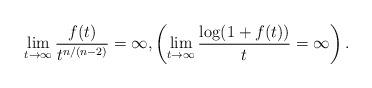
LaTeX: \begin{align*} \lim_{t\to\infty} \frac{f(t)}{t^{n/(n-2)}} = \infty,\left( \lim_{t\to\infty} \frac{\log(1+f(t))}t = \infty\right).\end{align*}